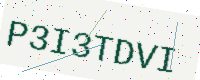
Text: P3I3TDVI